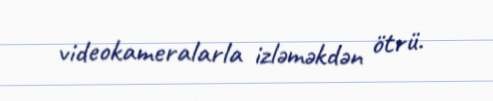
videokameralarla izləməkdən ötrü.